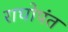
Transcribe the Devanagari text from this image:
राघोपंत